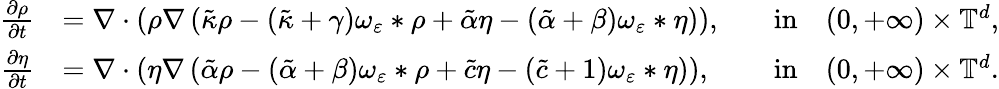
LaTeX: \begin{array}{rlrl}{\frac{\partial\rho}{\partial t}}&{=\nabla\cdot\left(\rho\nabla\left(\tilde{\kappa}\rho-(\tilde{\kappa}+\gamma)\omega_{\varepsilon}\ast\rho+\tilde{\alpha}\eta-(\tilde{\alpha}+\beta)\omega_{\varepsilon}\ast\eta\right)\right),}&&{\mathrm{in}\quad(0,+\infty)\times\mathbb{T}^{d},}\\ {\frac{\partial\eta}{\partial t}}&{=\nabla\cdot\left(\eta\nabla\left(\tilde{\alpha}\rho-(\tilde{\alpha}+\beta)\omega_{\varepsilon}\ast\rho+\tilde{c}\eta-(\tilde{c}+1)\omega_{\varepsilon}\ast\eta\right)\right),}&&{\mathrm{in}\quad(0,+\infty)\times\mathbb{T}^{d}.}\end{array}